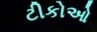
ટીકોઓ